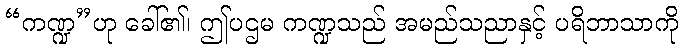
“ကဏ္ဍ”ဟု ခေါ်၏၊ ဤပဌမ ကဏ္ဍသည် အမည်သညာနှင့် ပရိဘာသာကို